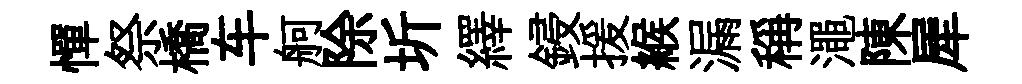
憚祭橋车舸除圻繹鋟援緱漏稱澠陳犀